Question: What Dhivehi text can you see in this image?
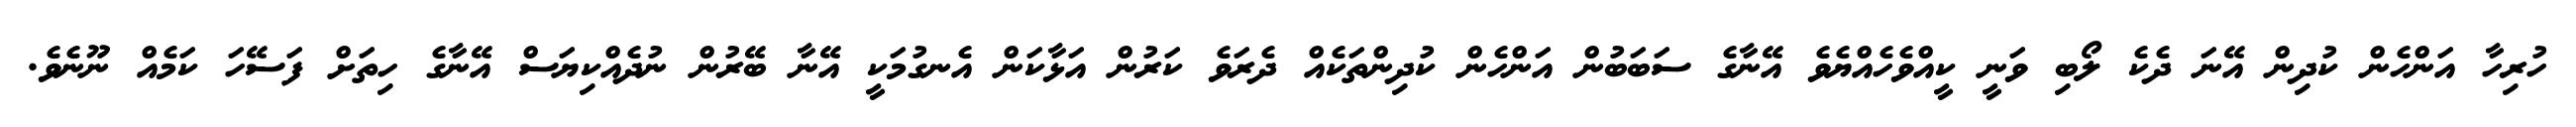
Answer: ހުރިހާ އަންހެން ކުދިން އޭނަ ދެކެ ލޯބި ވަނީ ކީއްވެހެއްޔެވެ އޭނާގެ ސަބަބުން އަންހެން ކުދިންތަކެއް ދެރަވެ ކަރުން އަޅާކަން އެނގުމަކީ އޭނާ ބޭރުން ނުދެއްކިޔަސް އޭނާގެ ހިތަށް ފަސޭހަ ކަމެއް ނޫނެވެ.